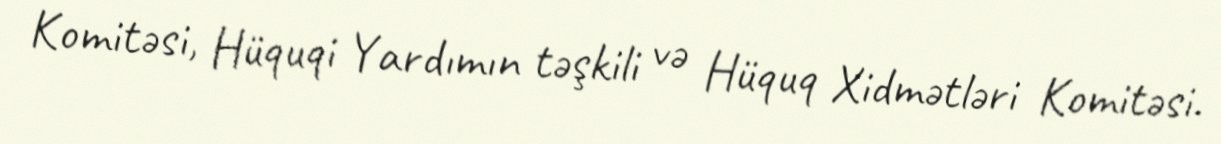
Komitəsi, Hüquqi Yardımın təşkili və Hüquq Xidmətləri Komitəsi.